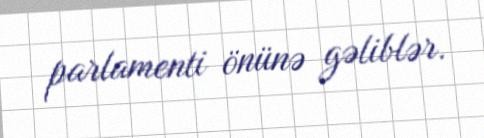
parlamenti önünə gəliblər.